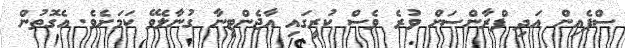
ސްޕެއިން އަދި ފްރާންސަށް ވުރެ ވެސް ކުރީގައި އާޖެންޓީނާ ގުނާލެވޭ ކަމަށެވެ. އެގޮތުން